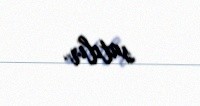
satılır.